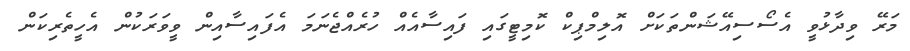
މަރޭ ވިދާޅުވީ އެސޯސިއޭޝަންތަކަށް އޮލިމްޕިކް ކޮމިޓީގައި ފައިސާއެއް ހުރެއްޖެނަމަ އެފައިސާއިން ވީވަރަކުން އެހީތެރިކަން